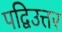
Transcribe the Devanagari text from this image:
पद्विउत्तर